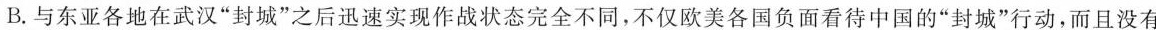
B.与东亚各地在武汉”封城”之后迅速进入实现作战状态完全不同，不仅欧美各国负面看待中国的“封城”行动，而且没有